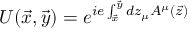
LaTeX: U ( \vec { x } , \vec { y } ) = e ^ { i e \int _ { \vec { x } } ^ { \vec { y } } d z _ { \mu } A ^ { \mu } ( \vec { z } ) }